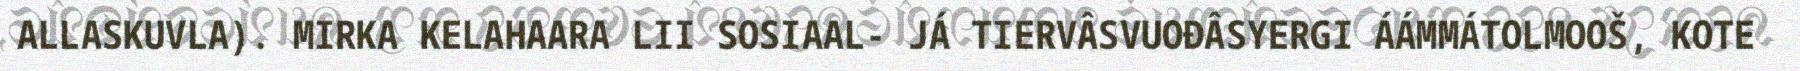
ALLASKUVLA). MIRKA KELAHAARA LII SOSIAAL- JÁ TIERVÂSVUOĐÂSYERGI ÁÁMMÁTOLMOOŠ, KOTE